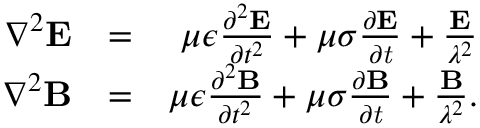
\begin{array} { r l r } { \nabla ^ { 2 } \bf { E } } & { = } & { \mu \epsilon \frac { \partial ^ { 2 } \bf { E } } { \partial t ^ { 2 } } + \mu \sigma \frac { \partial \bf { E } } { \partial \it { t } } + \frac { \bf { E } } { \lambda ^ { 2 } } } \\ { \nabla ^ { 2 } \bf { B } } & { = } & { \mu \epsilon \frac { \partial ^ { 2 } \bf { B } } { \partial t ^ { 2 } } + \mu \sigma \frac { \partial \bf { B } } { \partial \it { t } } + \frac { \bf { B } } { \lambda ^ { 2 } } . } \end{array}